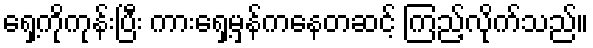
ရှေ့ကိုကုန်းပြီး ကားရှေ့မှန်ကနေတဆင့် ကြည့်လိုက်သည်။